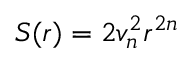
S ( r ) = 2 v _ { n } ^ { 2 } r ^ { 2 n }